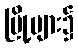
မြို့များ၌